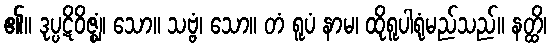
၏။ ဒုပ္ပဋိဝိဇ္ဈံ၊ သော။ သဗ္ဗံ၊ သော။ တံ ရူပံ နာမ၊ ထိုရူပါရုံမည်သည်။ နတ္ထိ၊